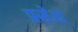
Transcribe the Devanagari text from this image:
प्रसेश